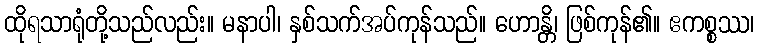
ထိုရသာရုံတို့သည်လည်း။ မနာပါ၊ နှစ်သက်အပ်ကုန်သည်။ ဟောန္တိ၊ ဖြစ်ကုန်၏။ ဧကစ္စဿ၊